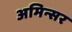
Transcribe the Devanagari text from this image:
अमिन्सर